Leaving Certificate Examination (including Day School Certificate (Higher) General paper), 1939
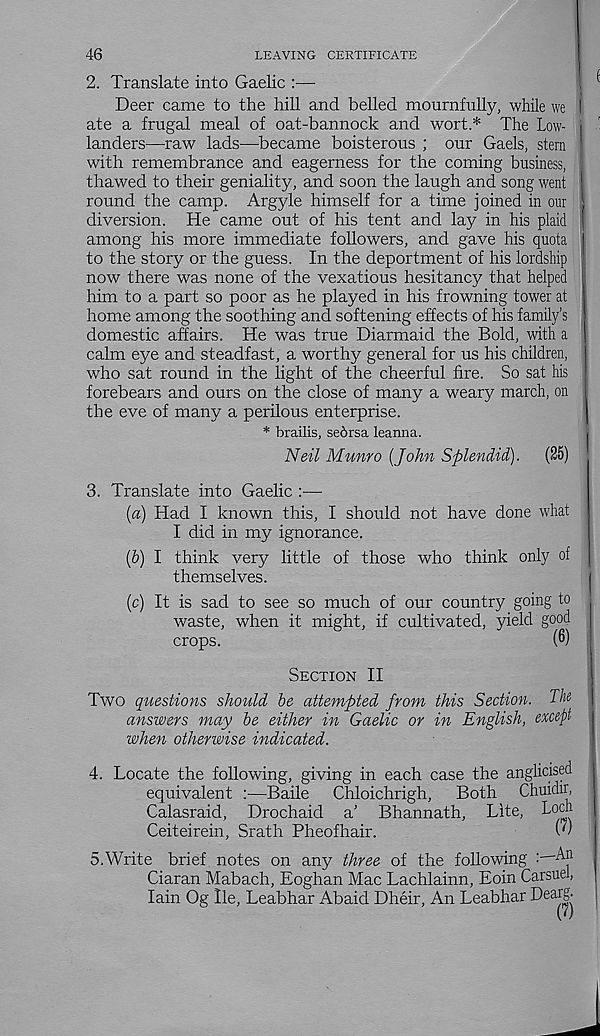
46
LEAVING CERTIFICATE
2. Translate into Gaelic :—
*
Deer came to the hill and belled mournfully, while we I
ate a frugal meal of oat-bannock and wort.* The Low-
landers^—raw lads—became boisterous ; our Gaels, stern
with remembrance and eagerness for the coming business,
thawed to their geniality, and soon the laugh and song went
round the camp. Argyle himself for a time joined in our
diversion. He came out of his tent and lay in his plaid
among his more immediate followers, and gave his quota
to the story or the guess. In the deportment of his lordship
now there was none of the vexatious hesitancy that helped
him to a part so poor as he played in his frowning tower at
home among the soothing and softening effects of his family’s
domestic affairs. He was true Diarmaid the Bold, with a
calm eye and steadfast, a worthy general for us his children,
who sat round in the light of the cheerful fire. So sat his
forebears and ours on the close of many a weary march, on
the eve of many a perilous enterprise.
* brailis, sedrsa leanna.
Neil Munro [John Splendid).
(25)
3. Translate into Gaelic :—
(a) Had I known this, I should not have done what
I did in my ignorance.
(b) I think very little of those who think only of
themselves.
(c) It is sad to see so much of our country going to
waste, when it might, if cultivated, yield good
crops.
(6)
Section II
Two questions should be attempted from this Section. The
answers may be either in Gaelic or in English, except
when otherwise indicated.
4. Locate the following, giving in each case the anglicised
equivalent :—Baile
Chloichrigh,
Both Chuidir,
Calasraid, Drochaid a’ Bhannath, Lite, Loch
Ceiteirein, Srath Pheofhair.
5.
Write brief notes on any three o
Ciaran Mabach, Eoghan Mac Lachlainn, Eoin Carsuel,
Iain Og lie, Leabhar Abaid Dheir, An Leabhar -^e a^j '